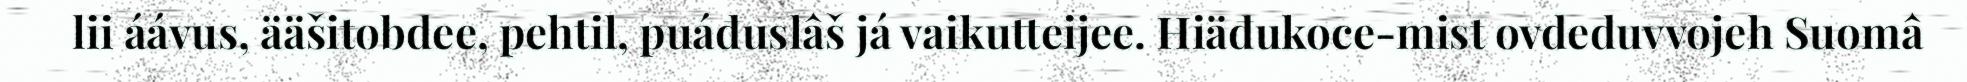
lii áávus, ääšitobdee, pehtil, puáđuslâš já vaikutteijee. Hiäđukoce-mist ovdeduvvojeh Suomâ